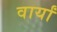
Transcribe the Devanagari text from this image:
वार्यां